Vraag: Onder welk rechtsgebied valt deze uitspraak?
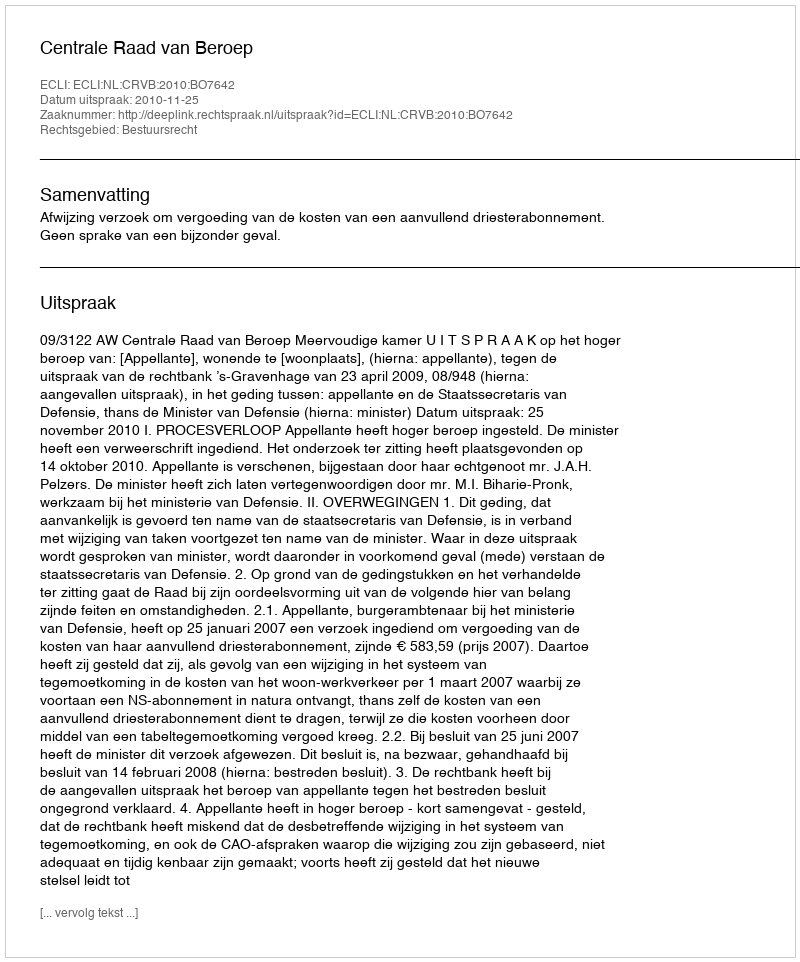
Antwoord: Bestuursrecht